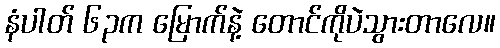
နံပါတ် ၆၃က မြောက်နဲ့ တောင်ကိုပဲသွားတာလေ။